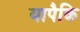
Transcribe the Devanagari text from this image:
यापैकि